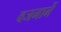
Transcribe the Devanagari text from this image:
वजनानें